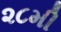
૨૮મી